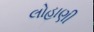
લોહાણી